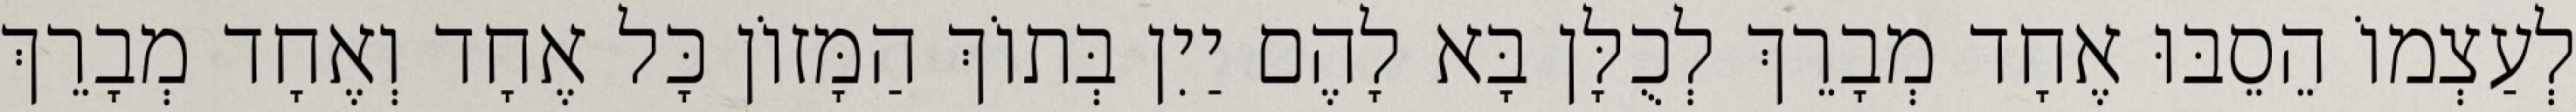
לְעַצְמוֹ הֵסֵבּוּ אֶחָד מְבָרֵךְ לְכֻלָּן בָּא לָהֶם יַיִן בְּתוֹךְ הַמָּזוֹן כָּל אֶחָד וְאֶחָד מְבָרֵךְ